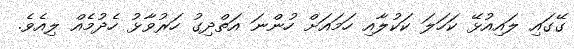
ގޭގައި ލައިއުޅޭ ކަހަލަ ކަކުލާއި ހަމައަށް ހުންނަ އަތްދިގު ހަރުވާޅު ހެދުމެއް ލިއެވެ.